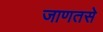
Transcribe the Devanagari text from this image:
जाणतसे